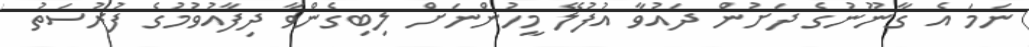
ނަމަ އެ ގާނޫނުގެ ދަށުން ދައުވާ އުފުލޭ މީހުންނަށް ލިބިގެންވާ ދިފާއުވުމުގެ ފުރުސަތު